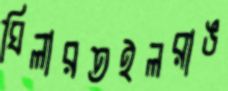
ঘিলারতইলরাঙ